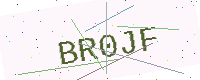
Text: BR0JF